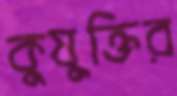
কুযুক্তির